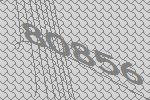
80856